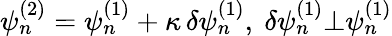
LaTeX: \psi_{n}^{(2)}=\psi_{n}^{(1)}+\kappa\, \delta\psi_{n}^{(1)},~\delta\psi_{n}^{(1)}\bot\psi_{n}^{(1)}